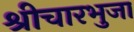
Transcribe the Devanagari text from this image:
श्रीचारभुजा